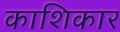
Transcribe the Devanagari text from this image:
काशिकार